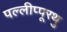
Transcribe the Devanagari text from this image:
पल्लीप्पूरथु